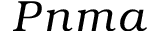
P n m a